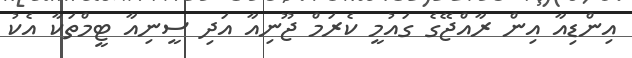
އިންޑިއާ އިން ރާއްޖޭގެ ގައުމީ ކެރަމް ޖޫނިއާ އަދި ސީނިއާ ޓީމްތަކާ އެކު